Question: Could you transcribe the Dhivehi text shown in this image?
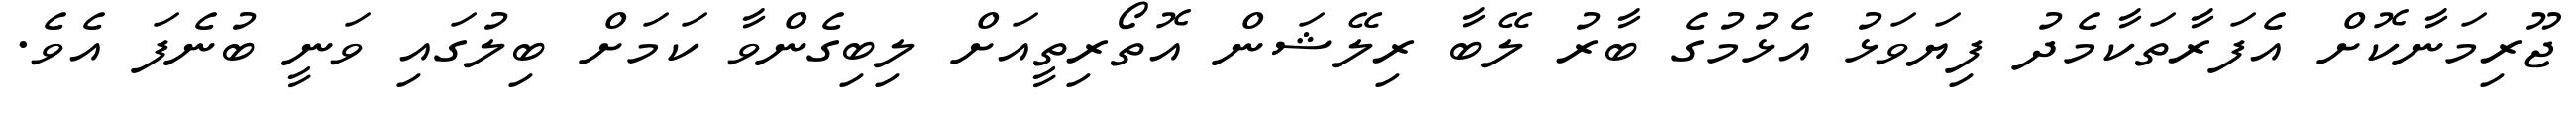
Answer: ޖޫރިމަނާކޮށް އެފަރާތަކާމެދު ފިޔަވަޅު އެޅުމުގެ ބާރު ލޭބާ ރިލޭޝަން އޮތޯރިތީއަށް ލިބިގެންވާ ކަމަށް ބިލުގައި ވަނީ ބުނެފަ އެވެ.